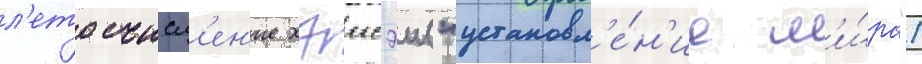
л'етосчисл'ен'ие хэисэи ("установл'е́н'ие м'и́ра")